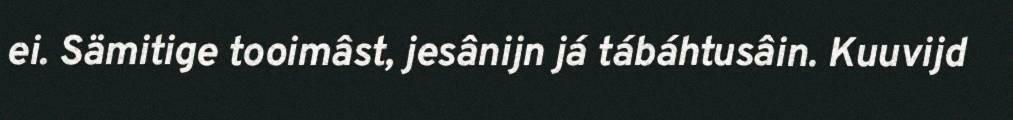
ei. Sämitige tooimâst, jesânijn já tábáhtusâin. Kuuvijd